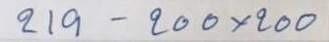
219 - 200 x 200